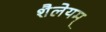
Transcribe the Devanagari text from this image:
शैलेयम्